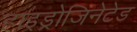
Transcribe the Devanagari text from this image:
हाइड्रोजिनेटेड